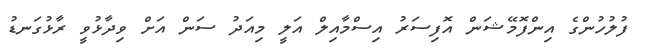
ފުލުހުންގެ އިންފޮމޭޝަން އޮފިސަރު އިސްމާއިލް އަލީ މިއަދު ސަން އަށް ވިދާޅުވީ ރާޅުގަނޑު